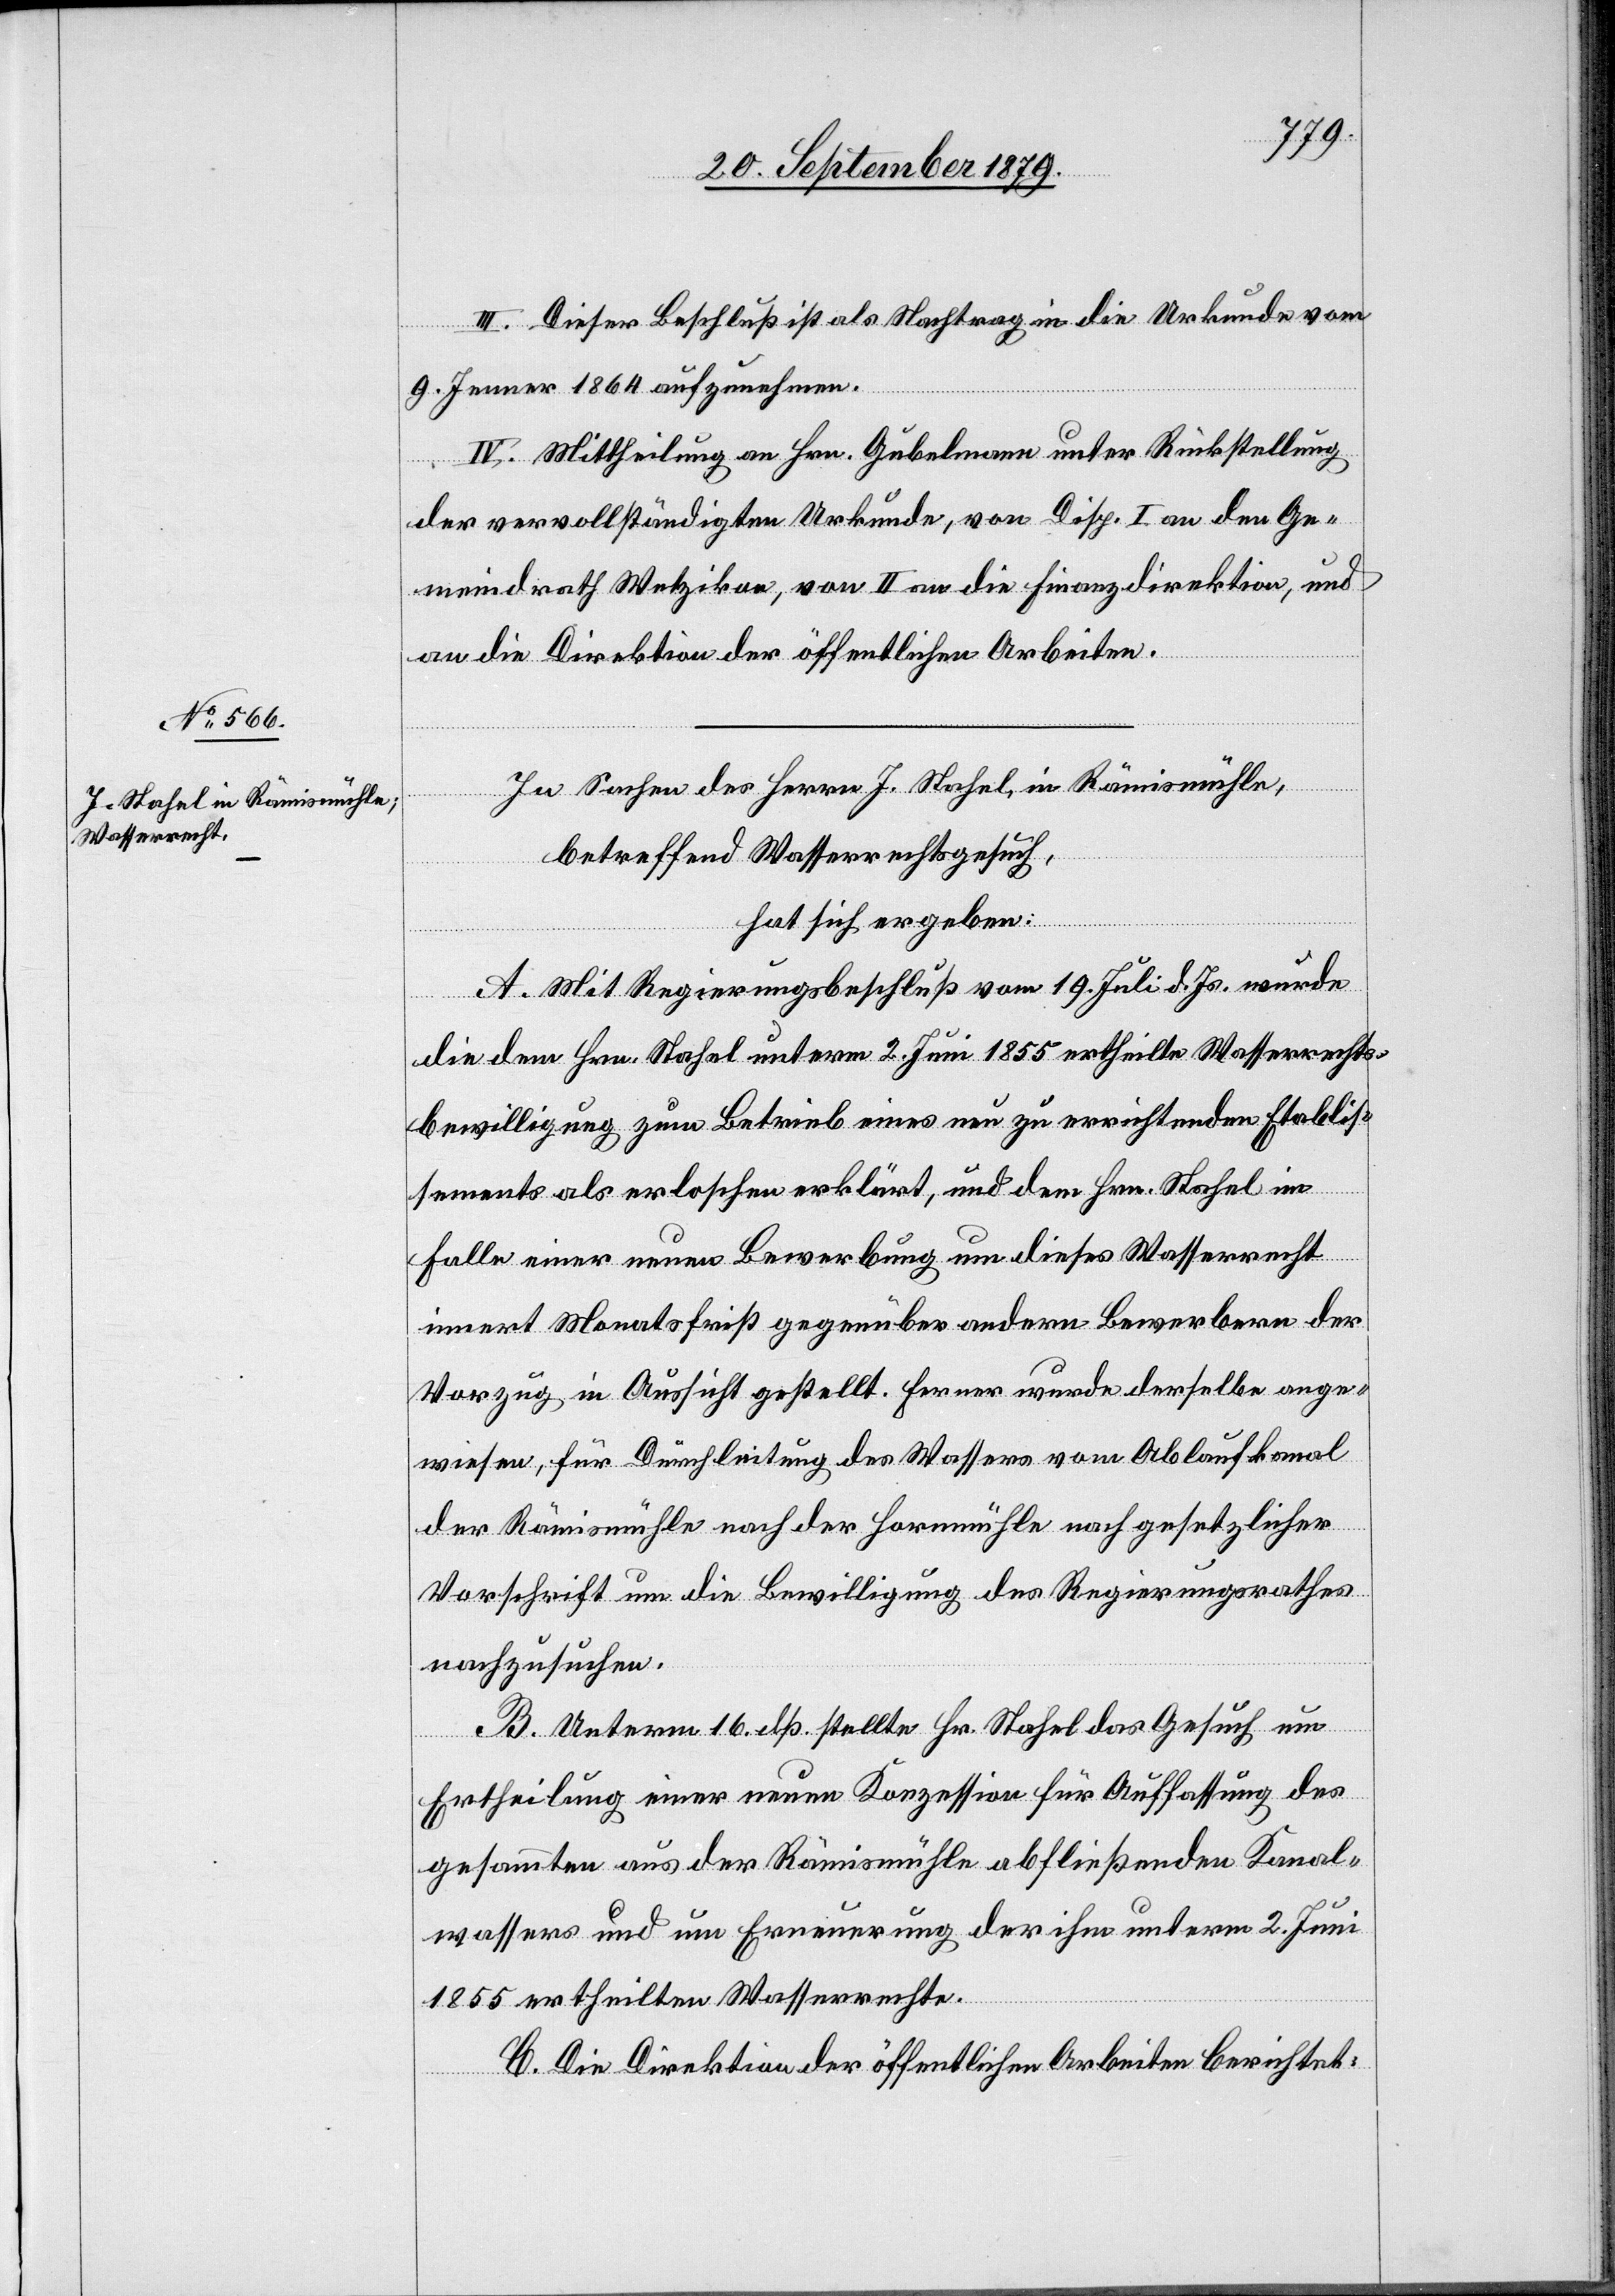
III. Dieser Beschluß ist als Nachtrag in die Urkunde vom
9. Jenner 1864 aufzunehmen.
IV. Mittheilung an Hrn. Gubelmann unter Rückstellung
der vervollständigten Urkunde, von Disp. I an den Ge¬
meindrath Wetzikon, von II. an die Finanzdirektion, und
in
an die Direktion der öffentlichen Arbeiten.
betreffend Wasserrechtsgesuch,
hat sich ergeben:
A. Mit Regierungsbeschluß vom 19. Juli d. Js. wurde
des
die dem Hrn. Stahel unterm 2. Juni 1855 ertheilte Wasserrechts¬
bewilligung zum Betrieb eines neu zu errichtenden Etablis¬
sements als erloschen erklärt, und den Hrn. Stahel im
Falle einer neuen Bewerbung um dieses Wasserrecht
innert Monatsfrist gegenüber andern Bewerbern der
Vorzug in Aussicht gestellt. Ferner wurde derselbe ange¬
wiesen, für Durchleitung des Wassers vom Ablaufkanal
der Rämismühle nach der Hornmühle nach gesetzlicher
Vorschrift um die Bewilligung des Regierungsrathes
nachzusuchen.
B. Unterm 16. dß stellte Hr. Stahel das Gesuch um
Ertheilung einer neuen Konzession für Auffassung des
gesammten aus der Rämismühle abfließenden Kanal¬
wassers und um Erneuerung der ihm unterm 2. Juni
1855 ertheilten Wasserrechte.
C. Die Direktion der öffentlichen Arbeiten berichtet: